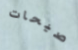
صيحات